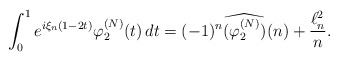
\begin{align*}\int_0^1 e^{i\xi_n(1-2t)}\varphi_2^{(N)}(t)\,dt = (-1)^n\widehat{(\varphi_2^{(N)})}(n)+\frac{\ell^2_n}{n}.\end{align*}